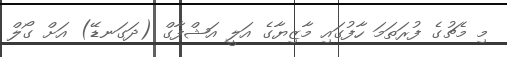
މި މެޗުގެ ފުރަތަމަ ހާފުގައި މާޒިޔާގެ އަލީ އަޝްފާގް (ދަގަނޑޭ) އަށް ގޯލް